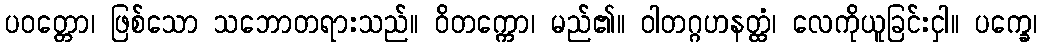
ပဝတ္တော၊ ဖြစ်သော သဘောတရားသည်။ ဝိတက္ကော၊ မည်၏။ ဝါတဂ္ဂဟနတ္ထံ၊ လေကိုယူခြင်းငှါ။ ပက္ခေ၊